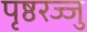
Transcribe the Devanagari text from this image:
पृष्ठरज्जु